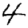
Digit: 4